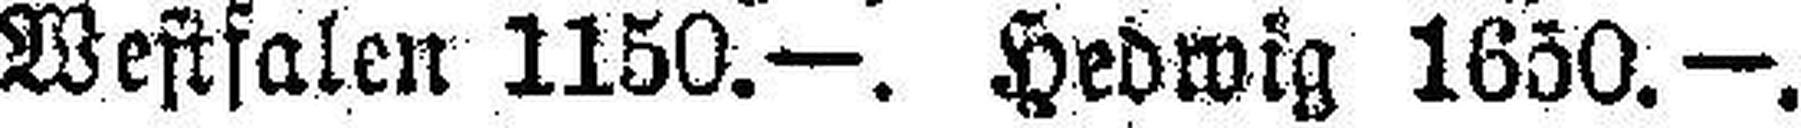
Westfalen 1150.—. Hedwig 1650. —.